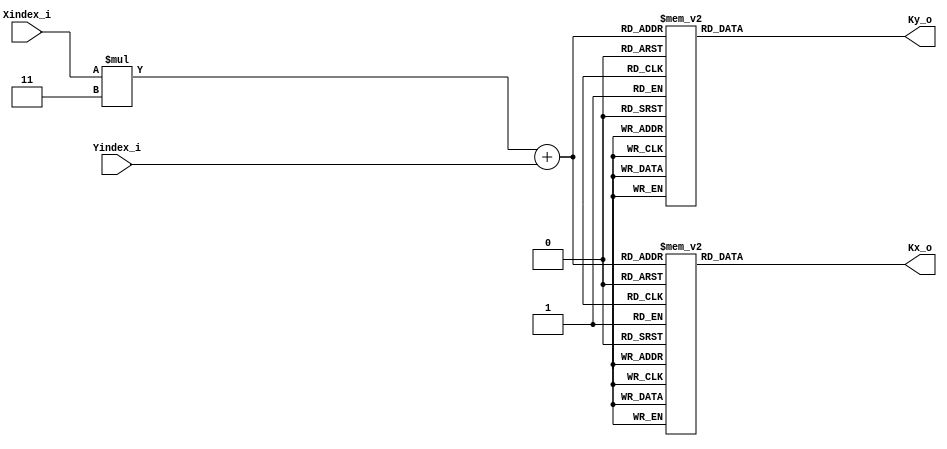
module Sobel_Kernel (
    Xindex_i, 
    Yindex_i,
    Kx_o,
    Ky_o
);

    input [1:0] Xindex_i;
    input [1:0] Yindex_i;
    output [2:0] Kx_o;
    output [2:0] Ky_o;

    /**
    *   kx = [ [-1  0  1],
    *          [-2  0  2],
    *          [-1  0  1], ]
    *
    *   ky = [ [ 1  2  1],
    *          [ 0  0  0],
    *          [-1 -2 -1], ]
    **/

    // kx
    wire [2:0] KxMem_m [0:8];
    assign {KxMem_m[0], KxMem_m[1], KxMem_m[2]} = { 3'b111, 3'b000, 3'b001 };
    assign {KxMem_m[3], KxMem_m[4], KxMem_m[5]} = { 3'b110, 3'b000, 3'b010 };
    assign {KxMem_m[6], KxMem_m[7], KxMem_m[8]} = { 3'b111, 3'b000, 3'b001 };

    // ky
    wire [2:0] KyMem_m [0:8];
    assign {KyMem_m[0], KyMem_m[1], KyMem_m[2]} = { 3'b001, 3'b010, 3'b001 };
    assign {KyMem_m[3], KyMem_m[4], KyMem_m[5]} = { 3'b000, 3'b000, 3'b000 };
    assign {KyMem_m[6], KyMem_m[7], KyMem_m[8]} = { 3'b111, 3'b110, 3'b111 };

    assign Kx_o = KxMem_m[Xindex_i*3 + Yindex_i];
    assign Ky_o = KyMem_m[Xindex_i*3 + Yindex_i];
    
endmodule